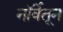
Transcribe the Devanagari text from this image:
नॉर्वेतून